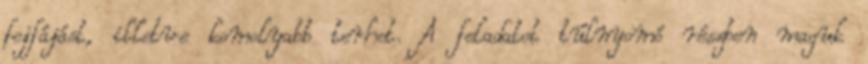
fejfájást, illetve komolyabb terhet. A feladatot túlnyomó részben maguk